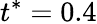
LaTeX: t^{*}=0.4